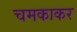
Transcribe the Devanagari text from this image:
चमकाकर